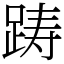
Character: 踌